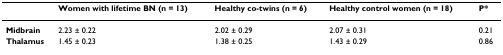
<table><thead><tr><td></td><td><b>Women with lifetime BN (n = 13)</b></td><td><b>Healthy co-twins (n = 6)</b></td><td><b>Healthy control women (n = 18)</b></td><td><b>P*</b></td></tr></thead><tbody><tr><td><b>Midbrain</b></td><td>2.23 ± 0.22</td><td>2.02 ± 0.29</td><td>2.07 ± 0.31</td><td>0.21</td></tr><tr><td><b>Thalamus</b></td><td>1.45 ± 0.23</td><td>1.38 ± 0.25</td><td>1.43 ± 0.29</td><td>0.86</td></tr></tbody></table>